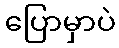
ပြောမှာပဲ